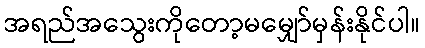
အရည်အသွေးကိုတော့မမျှော်မှန်းနိုင်ပါ။